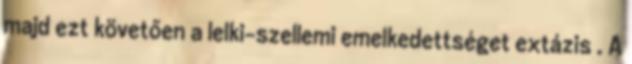
majd ezt követően a lelki-szellemi emelkedettséget extázis . A